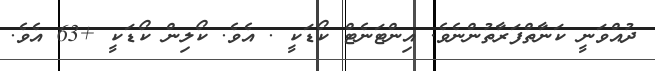
ދުއްވަނީ ކަނާތްފަރާތުންނެވެ. އިންޓަނެޓް ކޯޑަކީ . އެވެ. ކޯލިން ކޯޑަކީ +63 އެވެ.